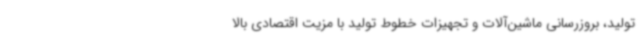
تولید، بروزرسانی ماشین‌آلات و تجهیزات خطوط تولید با مزیت اقتصادی بالا